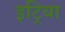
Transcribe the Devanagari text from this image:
इट्रिया